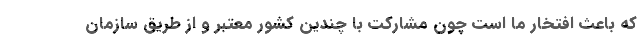
که باعث افتخار ما است چون مشارکت با چندین کشور معتبر و از طریق سازمان